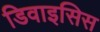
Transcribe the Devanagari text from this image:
डिवाइसिस